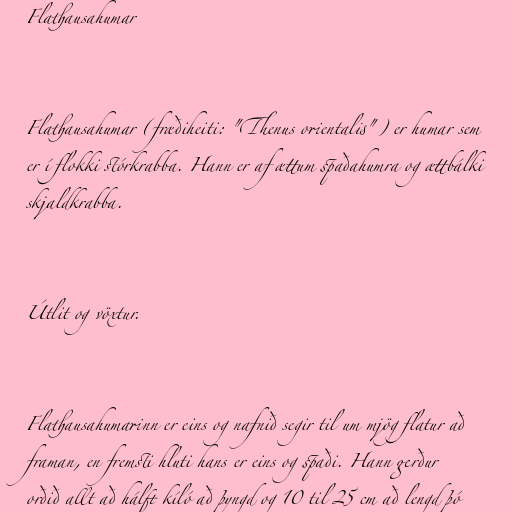
Flathausahumar

Flathausahumar (fræðiheiti: "Thenus orientalis") er humar sem
er í flokki stórkrabba. Hann er af ættum spaðahumra og ættbálki
skjaldkrabba.

Útlit og vöxtur.

Flathausahumarinn er eins og nafnið segir til um mjög flatur að
framan, en fremsti hluti hans er eins og spaði. Hann gerður
orðið allt að hálft kíló að þyngd og 10 til 25 cm að lengd þó